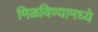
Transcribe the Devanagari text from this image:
मिळविण्यामध्ये